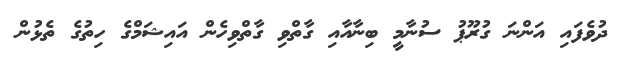
ދުވެފައި އަންނަ ގުރޫޕު ސުނާމީ ބިނާއާއި ގާތްވި ގާތްވިހެން އައިޝަމްގެ ހިތުގެ ތެޅުން